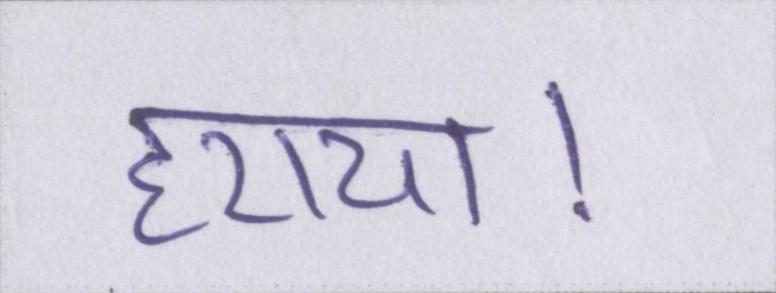
हराया।